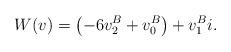
LaTeX: \begin{align*}W(v)=\left(-6v_2^B + v_0^B\right) + v_1^B i. \end{align*}